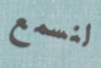
لنسمع